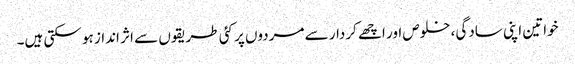
خواتین اپنی سادگی، خلوص اور اچھے کردار سے مردوں پر کئی طریقوں سے اثر انداز ہو سکتی ہیں۔